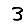
Digit: 3